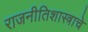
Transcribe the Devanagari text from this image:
राजनीतिशास्त्राचे